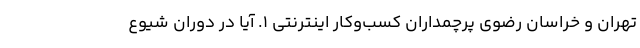
تهران و خراسان رضوی پرچمداران کسب‌وکار اینترنتی ۱. آیا در دوران شیوع